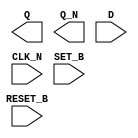
module sky130_fd_sc_hd__dfbbn (
    Q      ,
    Q_N    ,
    D      ,
    CLK_N  ,
    SET_B  ,
    RESET_B
);

    output Q      ;
    output Q_N    ;
    input  D      ;
    input  CLK_N  ;
    input  SET_B  ;
    input  RESET_B;

    // Voltage supply signals
    supply1 VPWR;
    supply0 VGND;
    supply1 VPB ;
    supply0 VNB ;

endmodule